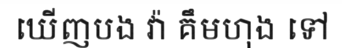
ឃើញបង វ៉ា គឹមហុង ទៅ